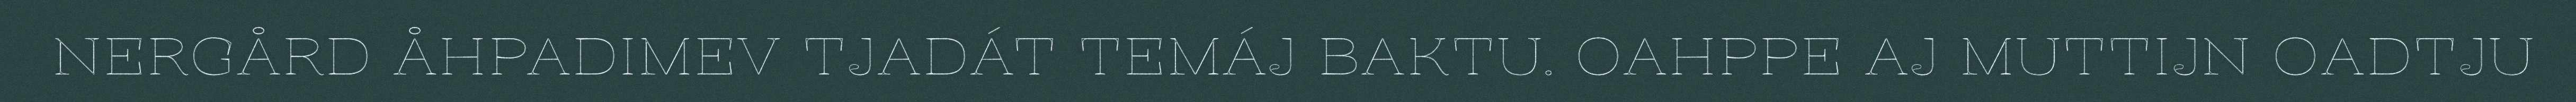
NERGÅRD ÅHPADIMEV TJADÁT TEMÁJ BAKTU. OAHPPE AJ MUTTIJN OADTJU